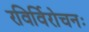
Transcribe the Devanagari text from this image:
रविर्विरोचनः